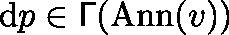
\mathrm { d } p \in \mathsf { \Gamma } ( \mathrm { A n n } ( v ) )